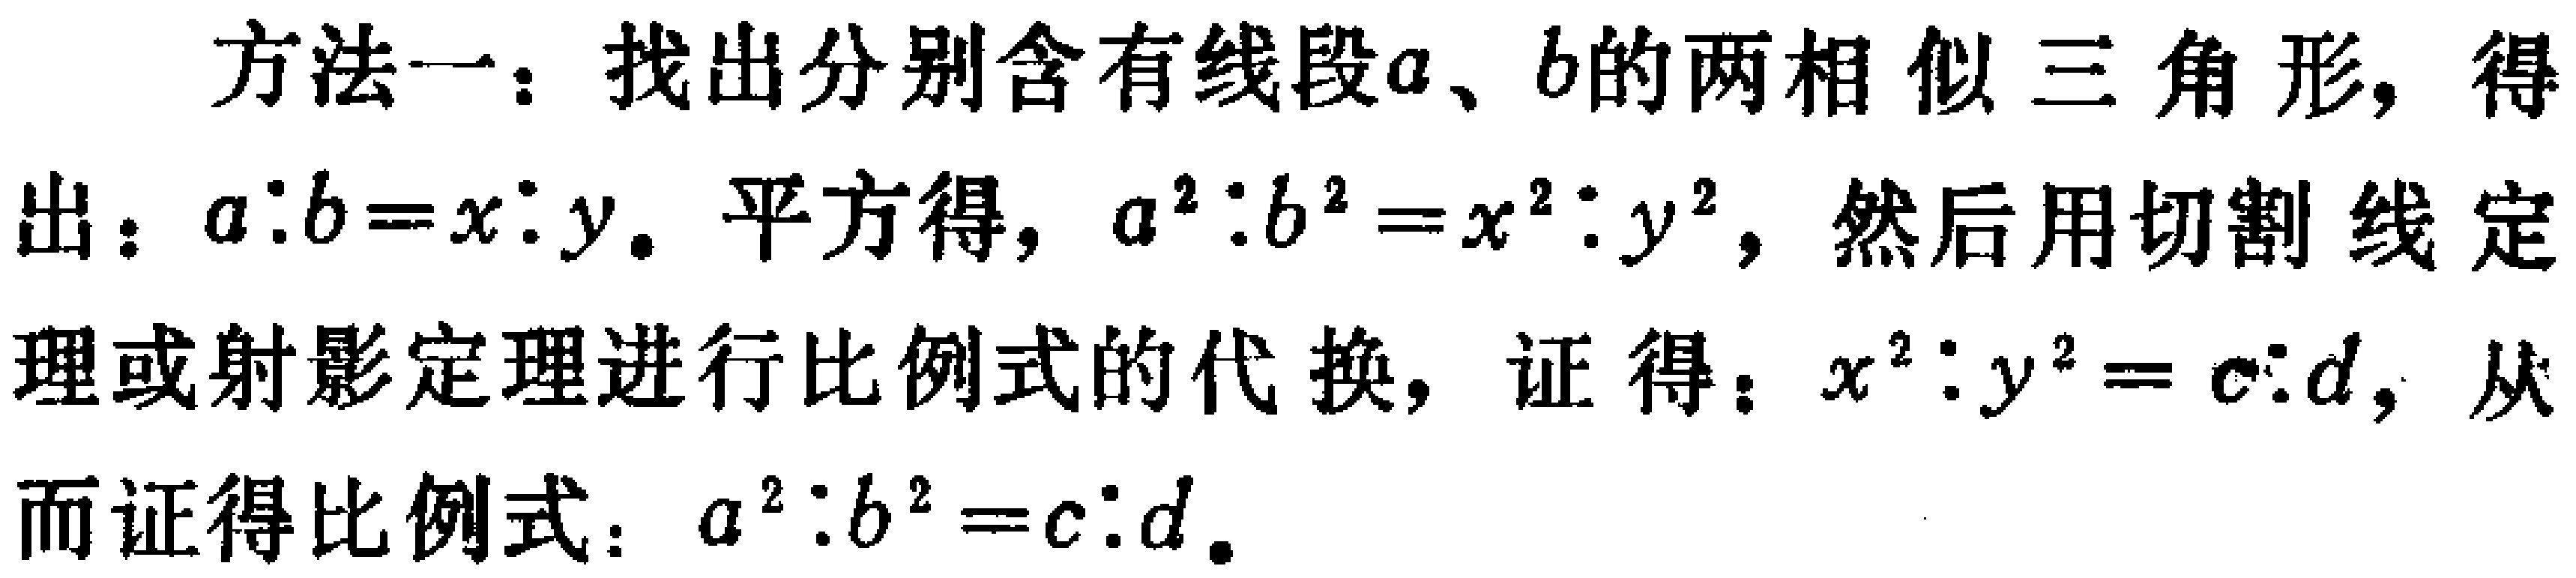
方法一：找出分别含有线段\(a\)、\(b\)的两相似三角形，得出：\(a:b = x:y\)。平方得，\(a^{2}:b^{2}=x^{2}:y^{2}\)，然后用切割线定理或射影定理进行比例式的代换，证得：\(x^{2}:y^{2}=c:d\)，从而证得比例式：\(a^{2}:b^{2}=c:d\)。